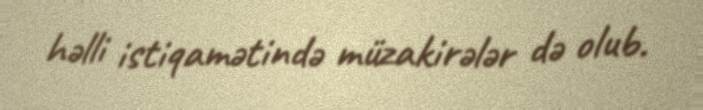
həlli istiqamətində müzakirələr də olub.